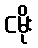
ငမိုး